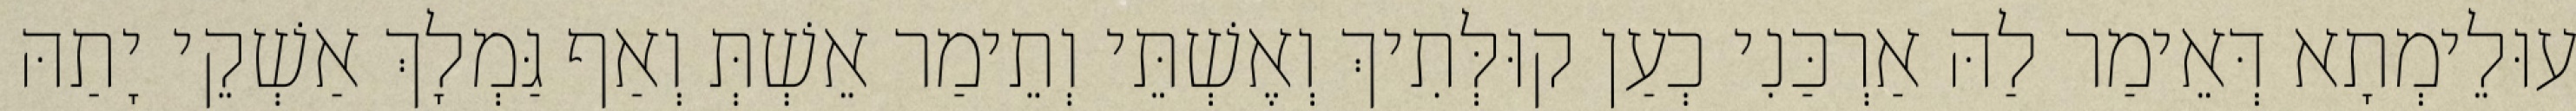
עוּלֵימְתָא דְּאֵימַר לַהּ אַרְכַּנִי כְעַן קוּלְּתִיךְ וְאֶשְׁתֵּי וְתֵימַר אֵשְׁתְּ וְאַף גַּמְלָךְ אַשְׁקֵי יָתַהּ